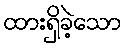
ထားရှိခဲ့သော